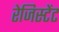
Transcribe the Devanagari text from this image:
रेजिस्टेंट